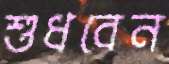
শুধবেন